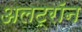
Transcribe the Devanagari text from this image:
अलट्राॅन